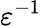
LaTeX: \varepsilon^{-1}